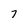
Character: 7